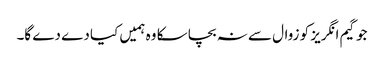
جو گیم انگریز کو زوال سے نہ بچا سکا وہ ہمیں کیا دے دے گا۔